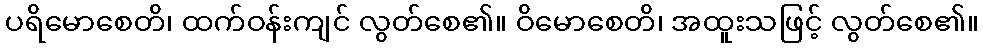
ပရိမောစေတိ၊ ထက်ဝန်းကျင် လွတ်စေ၏။ ဝိမောစေတိ၊ အထူးသဖြင့် လွတ်စေ၏။